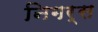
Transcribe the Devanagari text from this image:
निगर्स